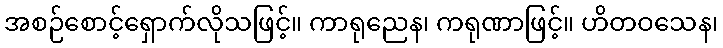
အစဉ်စောင့်ရှောက်လိုသဖြင့်။ ကာရုညေန၊ ကရုဏာဖြင့်။ ဟိတဝသေန၊